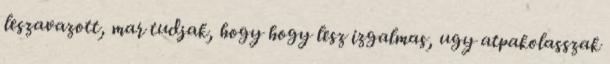
leszavazott, mar tudjak, hogy hogy lesz izgalmas, ugy atpakolasszak